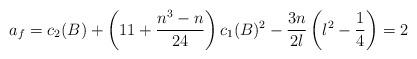
LaTeX: \begin{align*}a_f = c_2(B) + \left(11 + \frac{n^3-n}{24}\right) c_1(B)^2 - \frac{3n}{2\l}\left(\l^2-\frac{1}{4}\right) = 2\end{align*}